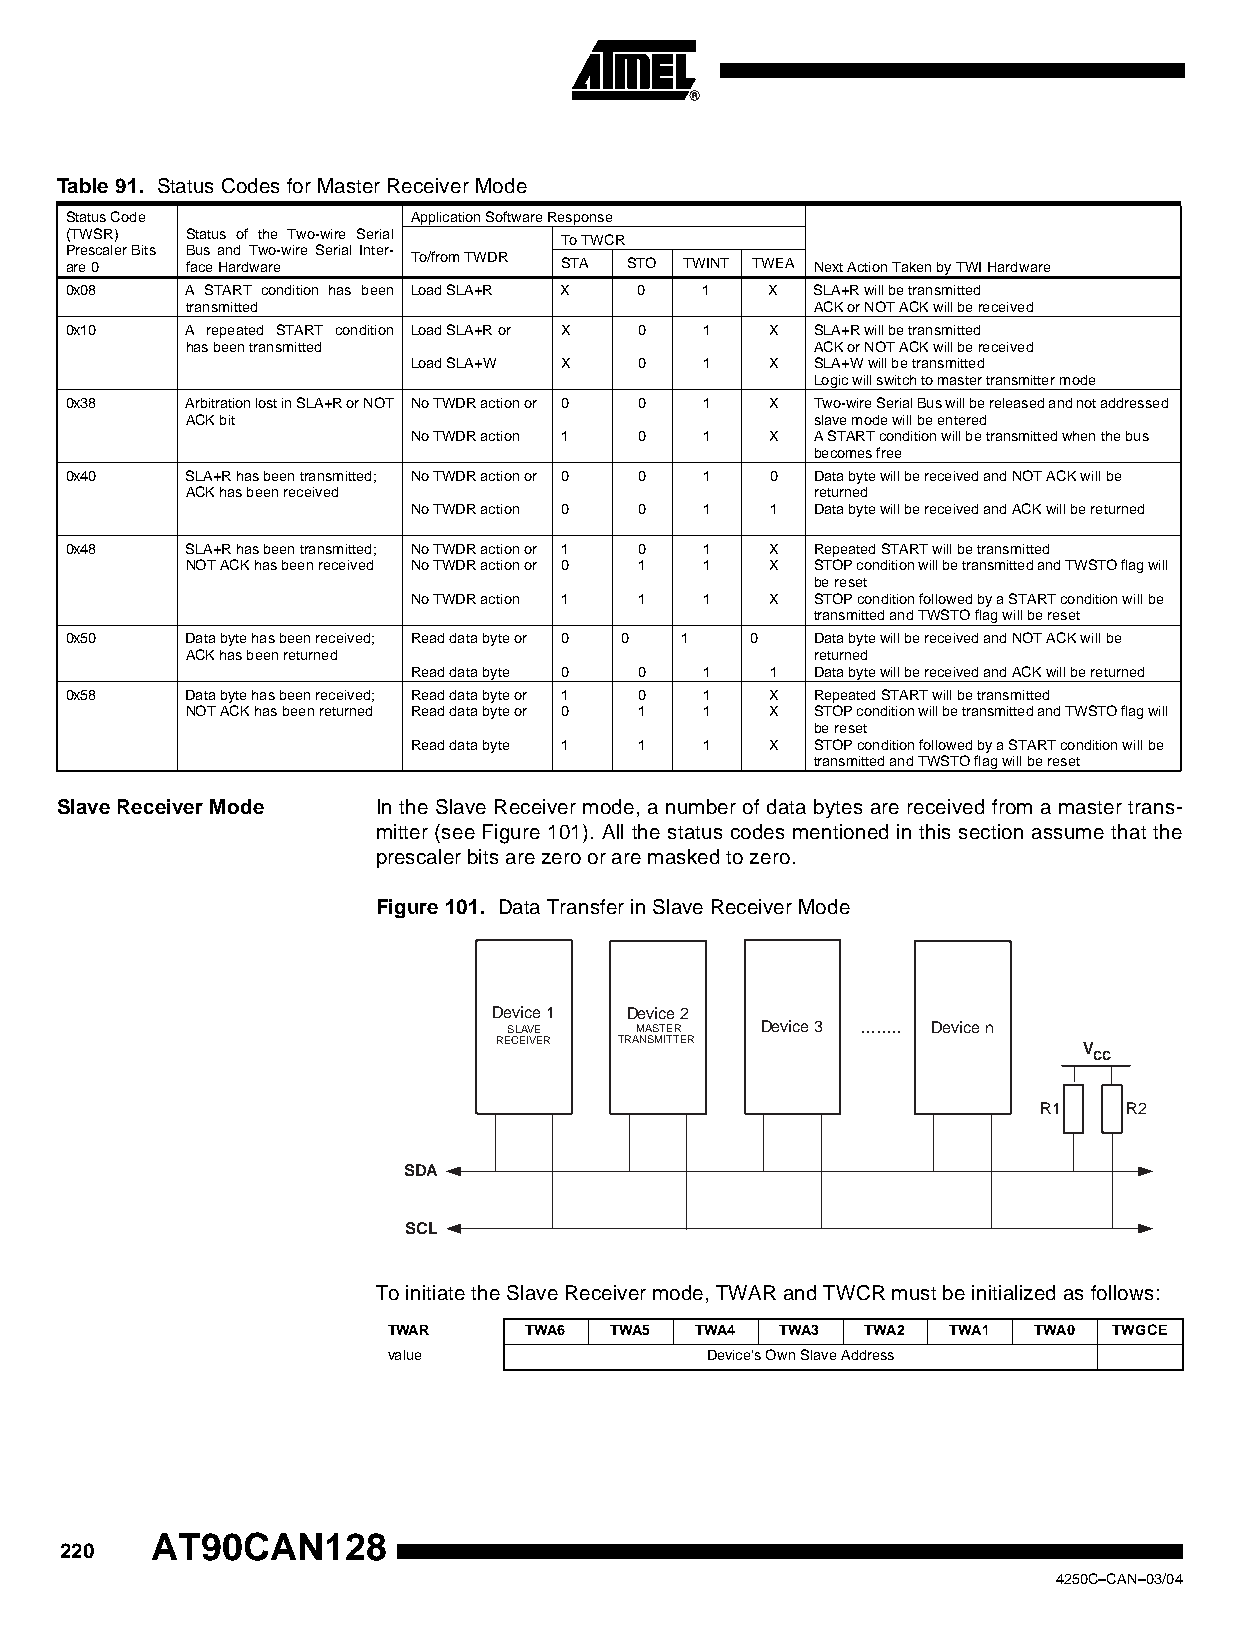
Table 91. Status Codes for Master Receiver Mode
 Status Code            Application Software Response
 (TWSR)  Status of the Two-wire Serial To TWCR
 Prescaler Bits Bus and Two-wire Serial Inter-
 are 0   face Hardware  To/from TWDR STA STO TWINT TWEA Next Action Taken by TWI Hardware
 0x08    A START condition has been Load SLA+R X 0 1 X SLA+R will be transmitted
 transmitted                               ACK or NOT ACK will be received
 0x10    A repeated START condition Load SLA+R or X 0 1 X SLA+R will be transmitted
 has been transmitted                      ACK or NOT ACK will be received
 Load SLA+W X   0    1   X  SLA+W will be transmitted
 Logic will switch to master transmitter mode
 0x38    Arbitration lost in SLA+R or NOT No TWDR action or 0 0 1 X Two-wire Serial Bus will be released and not addressed
 ACK bit                                   slave mode will be entered
 No TWDR action 1 0  1   X  A START condition will be transmitted when the bus
 becomes free
 0x40    SLA+R has been transmitted; No TWDR action or 0 0 1 0 Data byte will be received and NOT ACK will be
 ACK has been received                     returned
 No TWDR action 0 0  1   1  Data byte will be received and ACK will be returned
 0x48    SLA+R has been transmitted; No TWDR action or 1 0 1 X Repeated START will be transmitted
 NOT ACK has been received No TWDR action or 0 1 1 X STOP condition will be transmitted and TWSTO flag will
 be reset
 No TWDR action 1 1  1   X  STOP condition followed by a START condition will be
 transmitted and TWSTO flag will be reset
 0x50    Data byte has been received; Read data byte or 0 0 1 0 Data byte will be received and NOT ACK will be
 ACK has been returned                     returned
 Read data byte 0 0  1   1  Data byte will be received and ACK will be returned
 0x58    Data byte has been received; Read data byte or 1 0 1 X Repeated START will be transmitted
 NOT ACK has been returned Read data byte or 0 1 1 X STOP condition will be transmitted and TWSTO flag will
 be reset
 Read data byte 1 1  1   X  STOP condition followed by a START condition will be
 transmitted and TWSTO flag will be reset
 Slave Receiver Mode  In the Slave Receiver mode, a number of data bytes are received from a master trans-
 mitter (see Figure 101). All the status codes mentioned in this section assume that the
 prescaler bits are zero or are masked to zero.
 Figure 101. Data Transfer in Slave Receiver Mode
 Device 1 Device 2
 SLAVE   MASTER  Device 3 ........ Device n
 RECEIVER TRANSMITTER                   V
 CC
 R1    R2
 SDA
 SCL
 To initiate the Slave Receiver mode, TWAR and TWCR must be initialized as follows:
 TWAR     TWA6 TWA5  TWA4  TWA3 TWA2  TWA1  TWA0 TWGCE
 value                Device’s Own Slave Address
 AT90CAN128
 220
 4250C–CAN–03/04